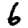
Digit: 6